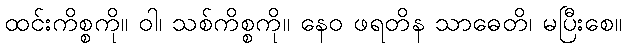
ထင်းကိစ္စကို။ ဝါ၊ သစ်ကိစ္စကို။ နေဝ ဖရတိန သာဓေတိ၊ မပြီးစေ။